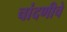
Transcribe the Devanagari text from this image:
चांदणीचे